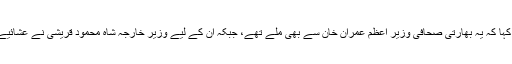
انہوں نے یہ بھی کہا کہ یہ بھارتی صحافی وزیر اعظم عمران خان سے بھی ملے تھے، جبکہ ان کے لیے وزیر خارجہ شاہ محمود قریشی نے عشائیے کا اہتمام کیا تھا۔